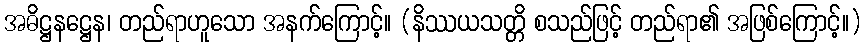
အဓိဋ္ဌနဋ္ဌေန၊ တည်ရာဟူသော အနက်ကြောင့်။ (နိဿယသတ္တိ စသည်ဖြင့် တည်ရာ၏ အဖြစ်ကြောင့်။)